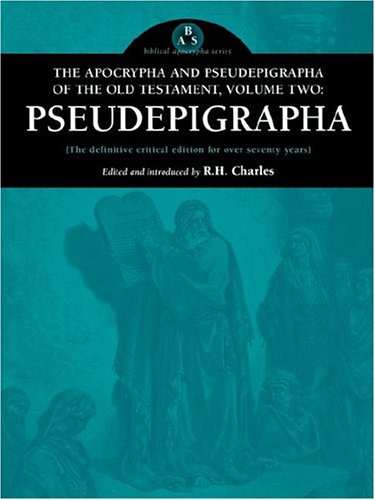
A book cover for The Apocrypha and Pseudepigrapha of the Old Testament, Volume Two; Christian Books & Bibles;